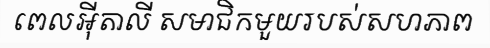
ពេលអ៊ីតាលី សមាជិកមួយរបស់សហភាព